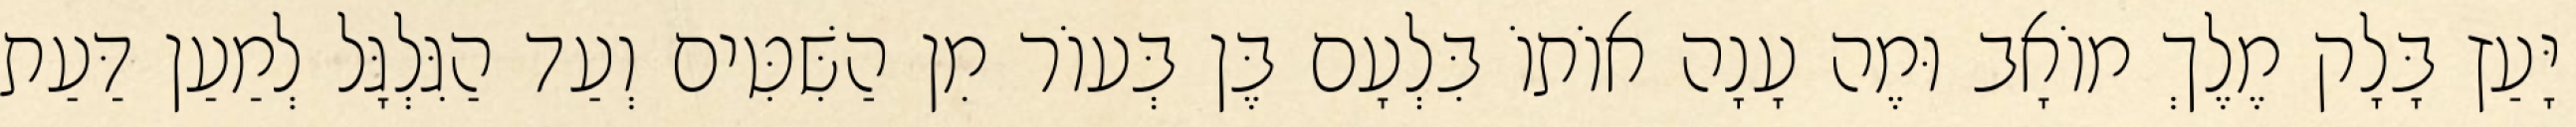
יָּעַץ בָּלָק מֶלֶךְ מוֹאָב וּמֶה עָנָה אוֹתוֹ בִּלְעָם בֶּן בְּעוֹר מִן הַשִּׁטִּים וְעַד הַגִּלְגָּל לְמַעַן דַּעַת